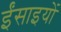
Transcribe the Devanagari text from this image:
ईंसाइयों